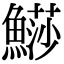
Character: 𩺳